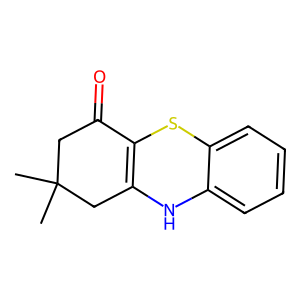
SMILES: CC1(C)CC(=O)C2=C(C1)Nc1ccccc1S2
Inhibits HIV replication: No